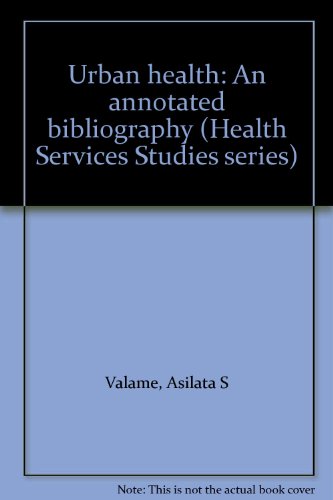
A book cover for Urban health: An annotated bibliography (Health Services Studies series); Asilata S Valame; Medical Books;